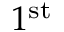
1 ^ { \mathrm { s t } }